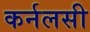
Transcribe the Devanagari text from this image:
कर्नलसी